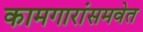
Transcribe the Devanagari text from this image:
कामगारांसमवेत